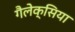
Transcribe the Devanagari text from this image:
गैलेक्सिया